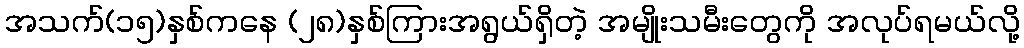
အသက်(၁၅)နှစ်ကနေ (၂၈)နှစ်ကြားအရွယ်ရှိတဲ့ အမျိုးသမီးတွေကို အလုပ်ရမယ်လို့